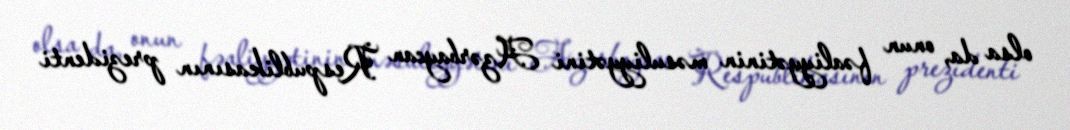
olsa da, onun fəaliyyətinin məsuliyyətini Azərbaycan Respublikasının prezidenti